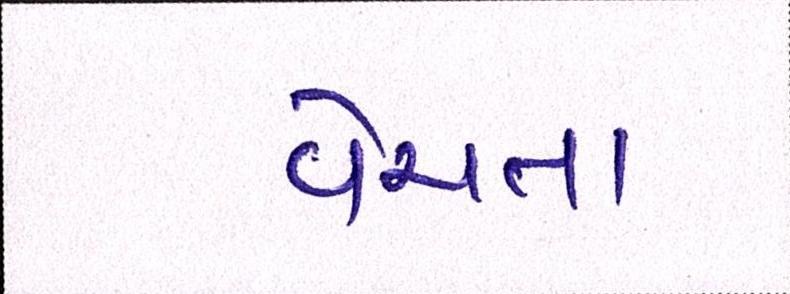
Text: વેચતા